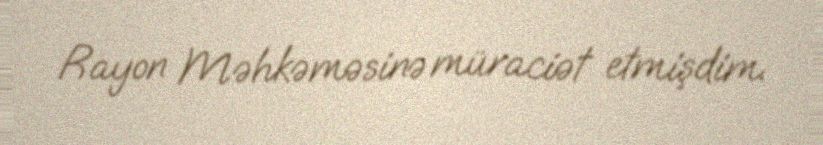
Rayon Məhkəməsinə müraciət etmişdim.